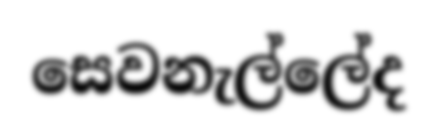
සෙවනැල්ලේද